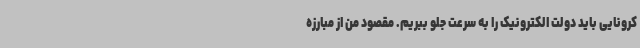
کرونایی باید دولت الکترونیک را به سرعت جلو ببریم. مقصود من از مبارزه